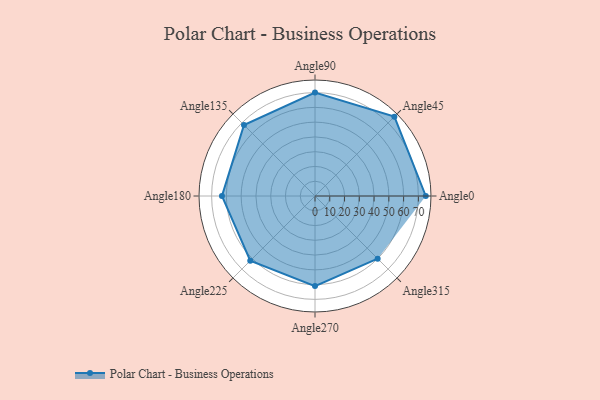
{"axis": {"x": "Angle", "y": "Radius"}, "legend": [""], "data": [{"x": "Angle0", "y": 75.0, "type": ""}, {"x": "Angle45", "y": 76.0, "type": ""}, {"x": "Angle90", "y": 70.0, "type": ""}, {"x": "Angle135", "y": 68.0, "type": ""}, {"x": "Angle180", "y": 63.0, "type": ""}, {"x": "Angle225", "y": 62.0, "type": ""}, {"x": "Angle270", "y": 61.0, "type": ""}, {"x": "Angle315", "y": 60.0, "type": ""}]}